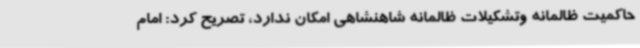
حاکمیت ظالمانه وتشکیلات ظالمانه شاهنشاهی امکان ندارد، تصریح کرد: امام